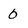
Character: 0